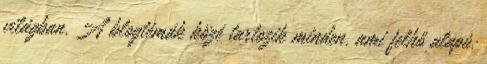
világban. A blogtémák közé tartozik minden, ami felhő alapú,